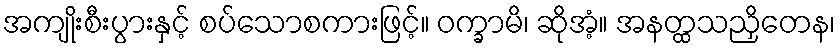
အကျိုးစီးပွားနှင့် စပ်သောစကားဖြင့်။ ဝက္ခာမိ၊ ဆိုအံ့။ အနတ္ထသညှိတေန၊